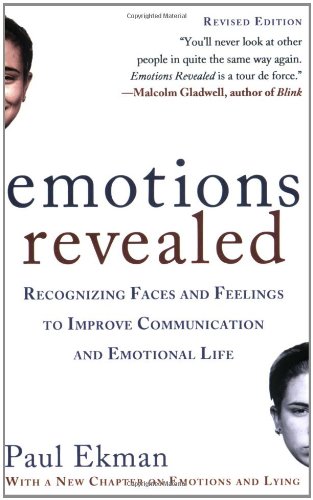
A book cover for Emotions Revealed, Second Edition: Recognizing Faces and Feelings to Improve Communication and Emotional Life; Paul Ekman; Self-Help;